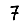
Digit: 7